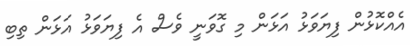
އެއްކޮޅުން ފިޔަވަޅު އަޅަން މި ގޮވަނީ ވެސް އެ ފިޔަވަޅު އަޅަން ތިބި